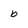
Character: b